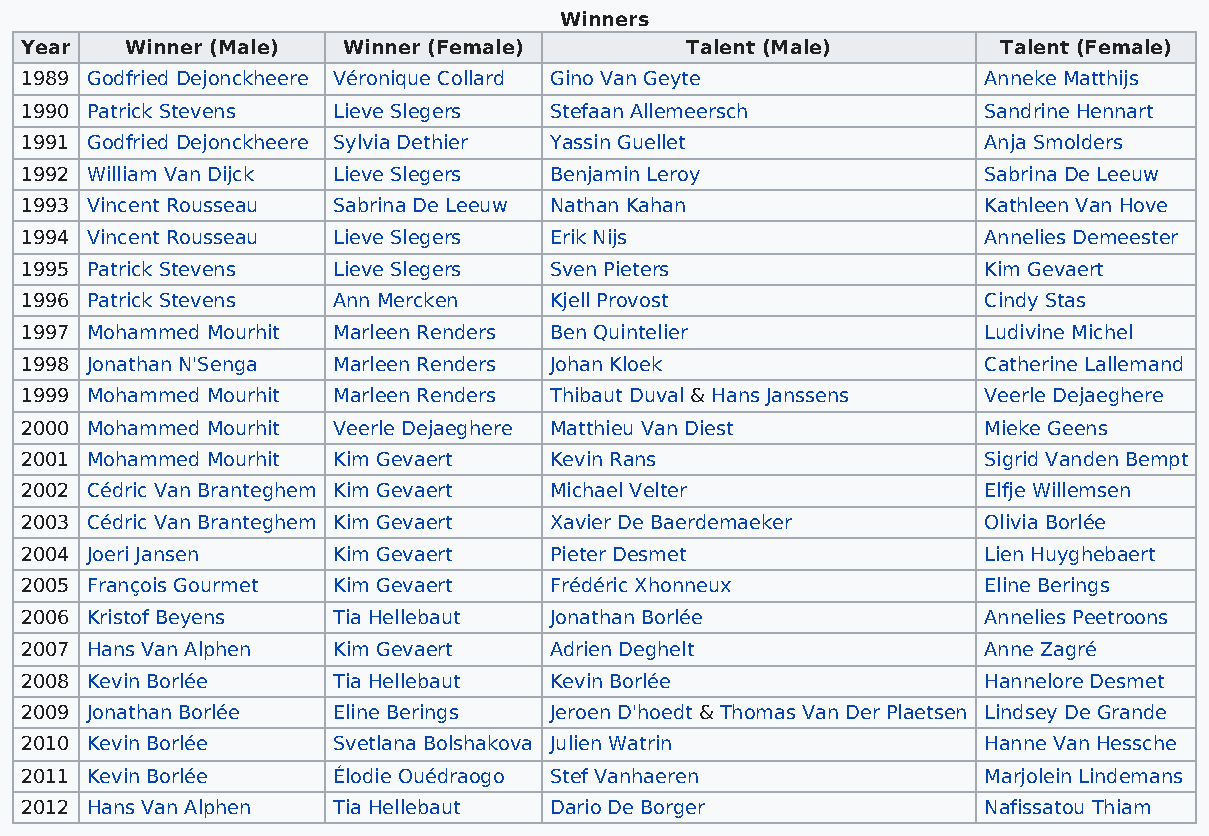
Winners
 Year   Winner (Male)  Winner (Female)       Talent (Male)        Talent (Female)
 1989 Godfried Dejonckheere Véronique Collard Gino Van Geyte     Anneke Matthijs
 1990 Patrick Stevens Lieve Slegers Stefaan Allemeersch          Sandrine Hennart
 1991 Godfried Dejonckheere Sylvia Dethier Yassin Guellet        Anja Smolders
 1992 William Van Dijck Lieve Slegers Benjamin Leroy             Sabrina De Leeuw
 1993 Vincent Rousseau Sabrina De Leeuw Nathan Kahan             Kathleen Van Hove
 1994 Vincent Rousseau Lieve Slegers Erik Nijs                   Annelies Demeester
 1995 Patrick Stevens Lieve Slegers Sven Pieters                 Kim Gevaert
 1996 Patrick Stevens Ann Mercken   Kjell Provost                Cindy Stas
 1997 Mohammed Mourhit Marleen Renders Ben Quintelier            Ludivine Michel
 1998 Jonathan N'Senga Marleen Renders Johan Kloek               Catherine Lallemand
 1999 Mohammed Mourhit Marleen Renders Thibaut Duval & Hans Janssens Veerle Dejaeghere
 2000 Mohammed Mourhit Veerle Dejaeghere Matthieu Van Diest      Mieke Geens
 2001 Mohammed Mourhit Kim Gevaert  Kevin Rans                   Sigrid Vanden Bempt
 2002 Cédric Van Branteghem Kim Gevaert Michael Velter           Elfje Willemsen
 2003 Cédric Van Branteghem Kim Gevaert Xavier De Baerdemaeker   Olivia Borlée
 2004 Joeri Jansen    Kim Gevaert   Pieter Desmet                Lien Huyghebaert
 2005 François Gourmet Kim Gevaert  Frédéric Xhonneux            Eline Berings
 2006 Kristof Beyens  Tia Hellebaut Jonathan Borlée              Annelies Peetroons
 2007 Hans Van Alphen Kim Gevaert   Adrien Deghelt               Anne Zagré
 2008 Kevin Borlée    Tia Hellebaut Kevin Borlée                 Hannelore Desmet
 2009 Jonathan Borlée Eline Berings Jeroen D'hoedt & Thomas Van Der Plaetsen Lindsey De Grande
 2010 Kevin Borlée    Svetlana Bolshakova Julien Watrin          Hanne Van Hessche
 2011 Kevin Borlée    Élodie Ouédraogo Stef Vanhaeren            Marjolein Lindemans
 2012 Hans Van Alphen Tia Hellebaut Dario De Borger              Nafissatou Thiam